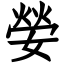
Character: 嫈